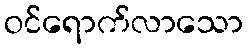
ဝင်ရောက်လာသော